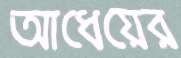
আধেয়ের